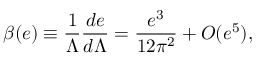
\beta ( e ) \equiv { \frac { 1 } { \Lambda } } { \frac { d e } { d \Lambda } } = { \frac { e ^ { 3 } } { 1 2 \pi ^ { 2 } } } + O ( e ^ { 5 } ) ,